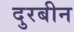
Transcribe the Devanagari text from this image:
दुरबीन